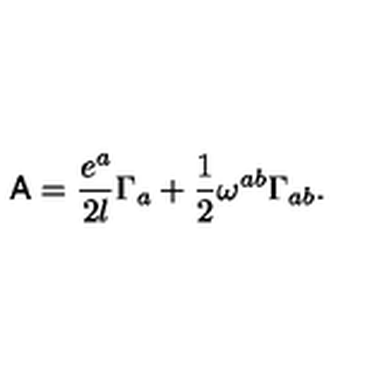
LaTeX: { \sf A } = \frac { e ^ { a } } { 2 l } \Gamma _ { a } + \frac { 1 } { 2 } \omega ^ { a b } \Gamma _ { a b } .